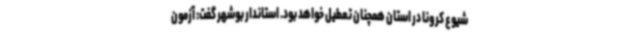
شیوع کرونا در استان همچنان تعطیل خواهد بود. استاندار بوشهر گفت: آزمون